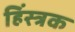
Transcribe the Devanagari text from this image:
हिंस्त्रक